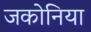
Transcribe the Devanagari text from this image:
जकोनिया